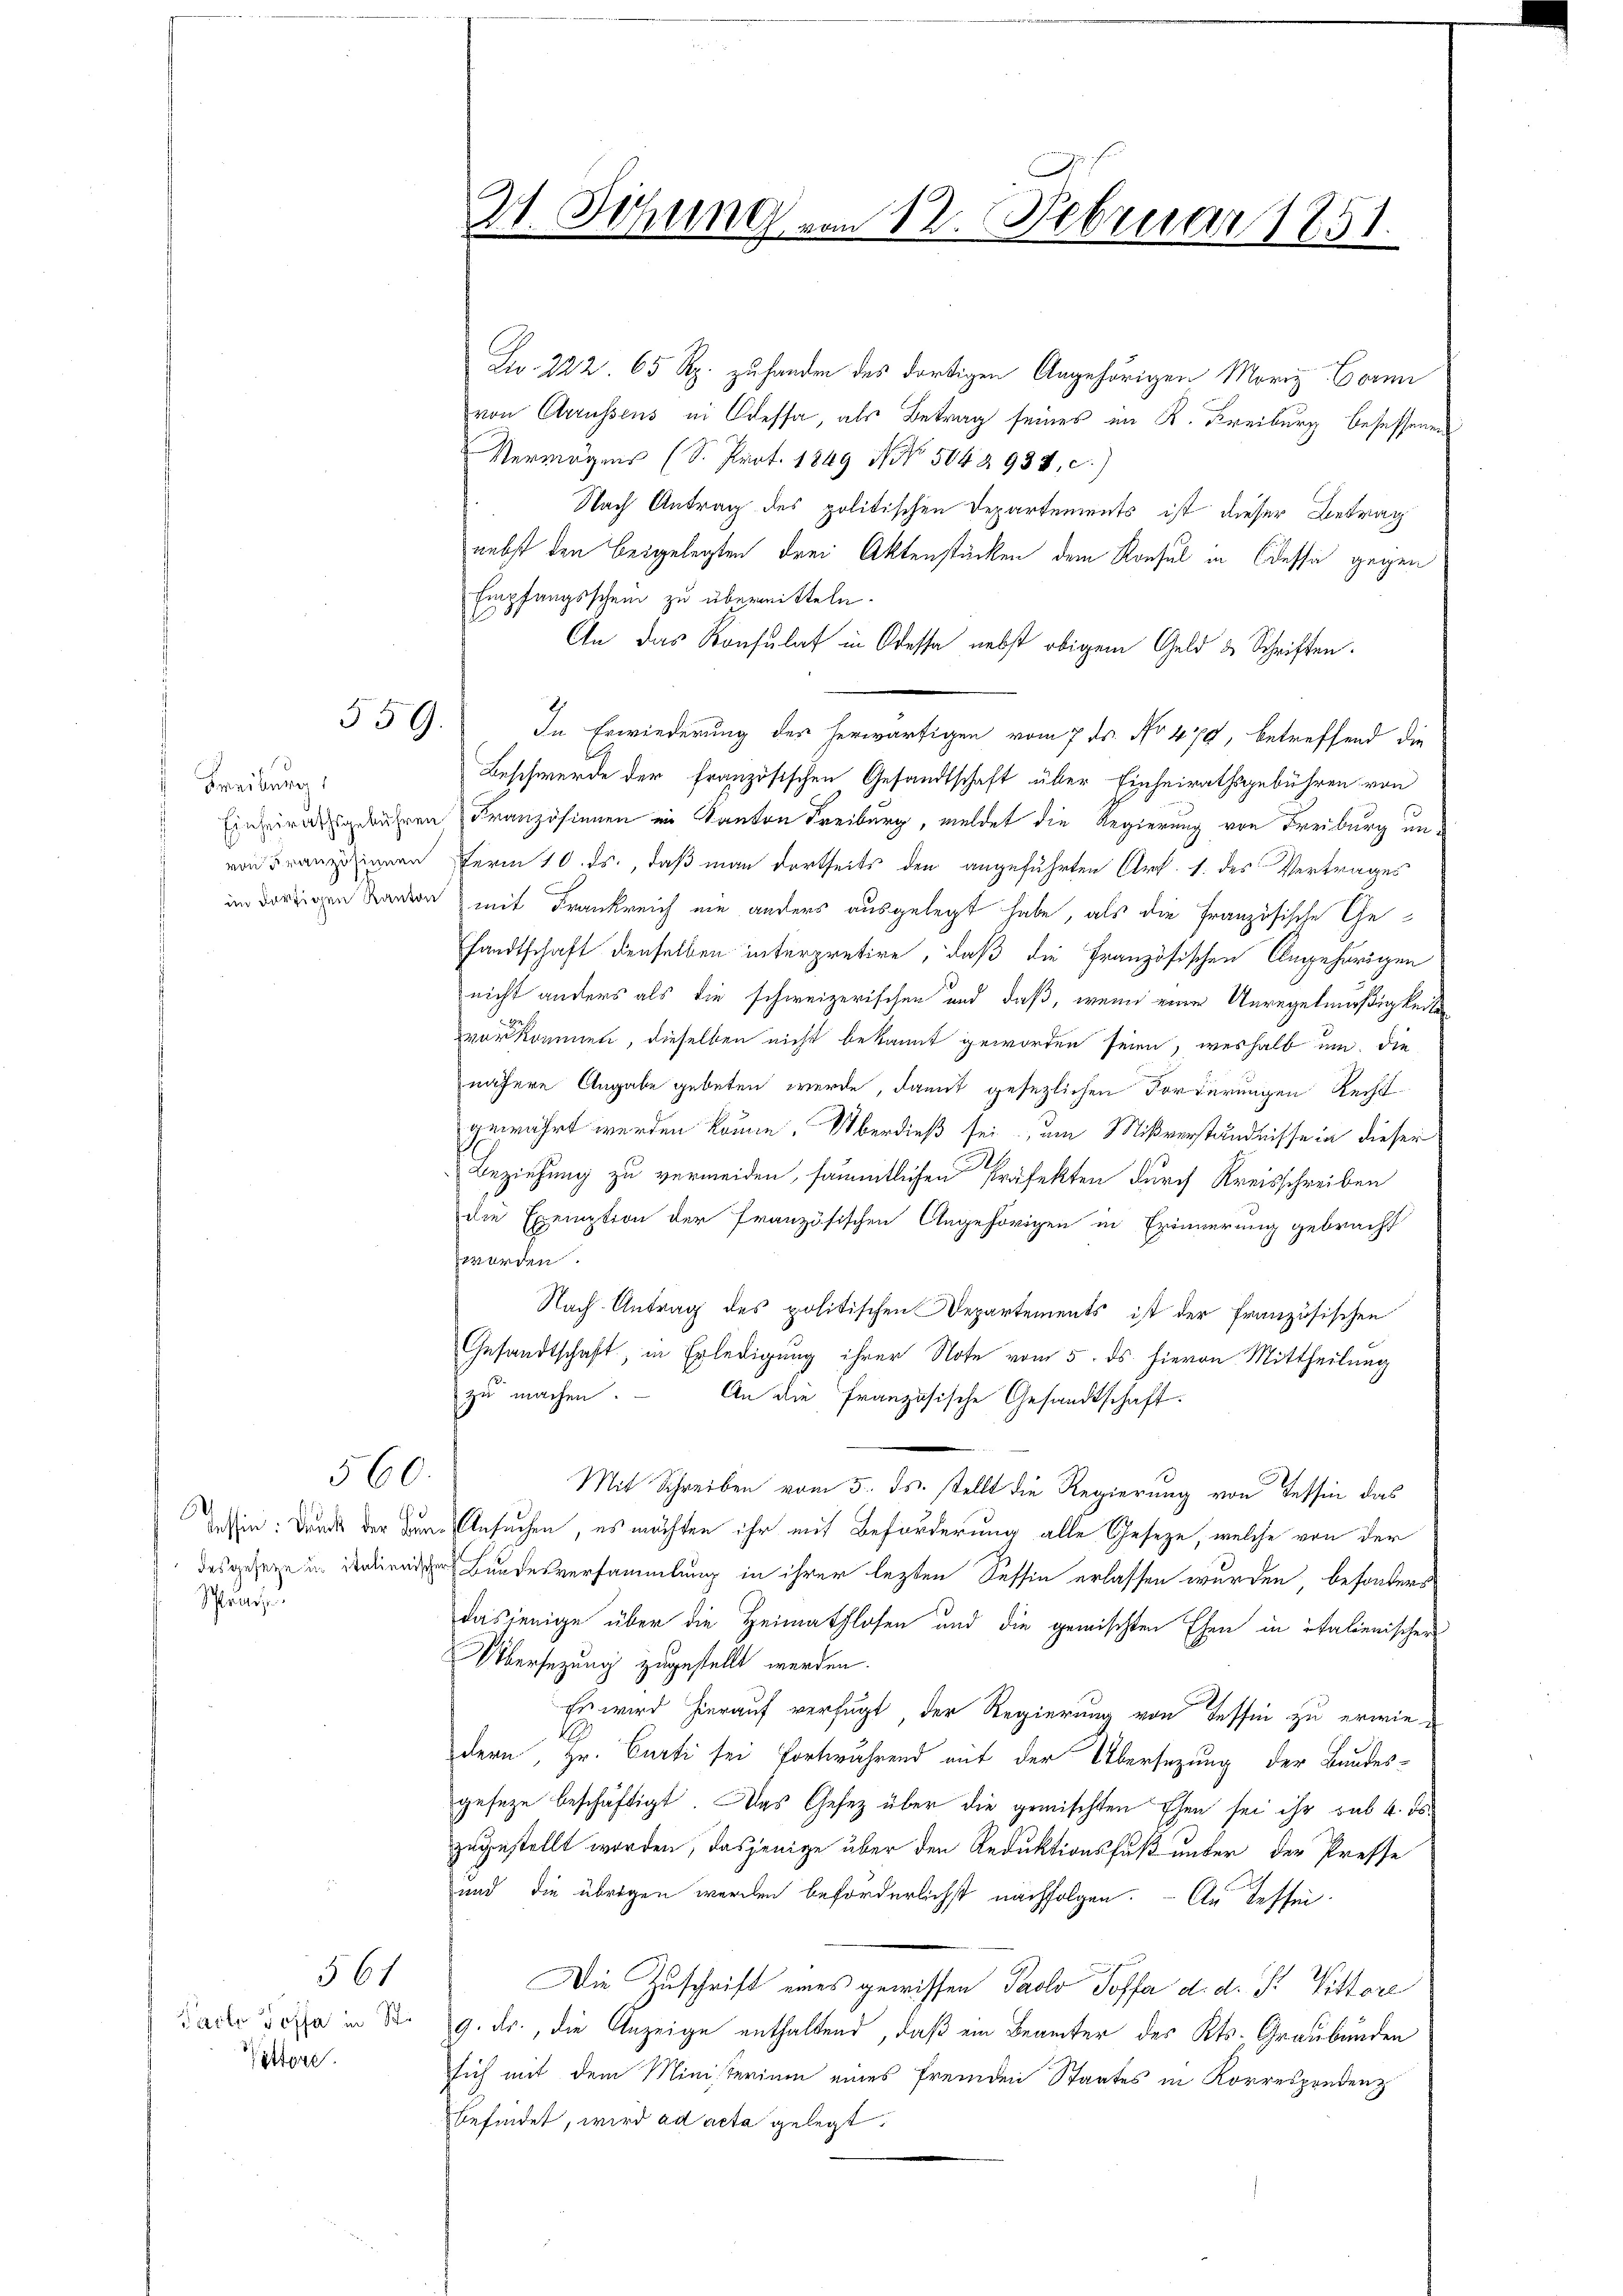
Freiburg

desgefern in italienisch
Schöner z

559.

560

Pacte Poffa in St.
Vittore.

§61

Fr. 222. 65 Rp. zu handen des dortigen Angehörigen Moriz Bern
von Arrassens in Odessa, als Betrag seines im K. Freiburg besessenen
Vermögens (S. Prot. 1849 No 504 2934, c.)
Nach Antrag des politischen Departements ist dieser Betrag
nebst den beigelegten drei Aktenstücken dem Konsul in Cessi gegen
Empfangsschein zu übermitteln.
An das Konsulat in Odessa nebst obigem Geld des Schriften.
In Erwiederung des herwärtigen vom 7. ds. No 479, betreffend die
Beschwerde der Französischen Gesandtschaft über Einheirathsgebühren von
Einheiratsgerühren Kranzösienen in Kanton Freiburg, meldet die Regierung von Freiburg unvon Franz innen Ferm 10. ds., daß man dortseits den angeführten Art. 1. des Vertrages
rigen Banden mit Frankreich ein anders ausgelegt habe, als die Französische Gesandtschaft denselben interpretire, daß die Französischen Angehörigen
nicht anders als die schweizerischen und daß, wenn von Unregelmäßigkeite
vorkommen, dieselben nicht bekannt geworden seien, weshalb um die
nähere Angabe gebeten werde, damit gesezlichen Forderungen Recht
gewährt werden könne. Überdieß sei, um Mißverständnisse in dieser
Beziehung zu vermeiden, sämmtlichen Präfekten durch Kreisschreiben
die Exemption der französischen Angehörigen in Erinnerung gebracht
worden.
Nach Antrag des politischen Departements ist der französischen
Gesandtschaft, in Erledigung ihrer Note vom 5. ds. hievon Mittheilung
zŭ machen. An die französische Gesandtschaft.
Mit Schreiben vom 5. ds. stellt die Regierung von Tessin das
dessen: Bunde der Banne Ansuchen, es möchten ihr mit Beförderung alle Geseze, welche von der
 Bundesversammlung in ihrer lezten Tessin erlassen wurden, besonders
dasjenige über die Heimathlosen und die gewischten Ehen in italienischer
Übersezung zugestellt werden.
Es wird hierauf verfügt der Regierung von Tessin zu erwie-
dern, Hr. Curti sei fortwährend mit der Übersezung der Bundes-
geseze beschäftigt. Das Gesetz über die gemischten Ehen sei ihr sub 4. ds.
zugestellt worden, dasjenige über den Reduktionsfuß unter der Presse
und die übrigen werden beförderlichst nachfolgen. - An dessen
Die Zuschrift eines gewissen Paolo Toffe d. d. P. Vittore
9. Fr., die Anzeige enthaltend, daß ein Beamter des Kts. Graubünden
sich mit dem Ministerium eines fremden Staates in Korrespondenz
befindet, wird ad acta gelegt.

H. Sitzung von 12. Februar 1851.